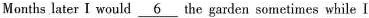
Months later I would \underline{6} the garden sometimes while I